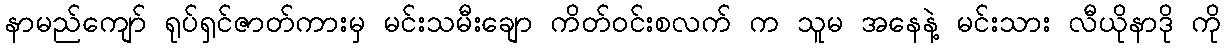
နာမည်ကျော် ရုပ်ရှင်ဇာတ်ကားမှ မင်းသမီးချော ကိတ်ဝင်းစလက် က သူမ အနေနဲ့ မင်းသား လီယိုနာဒို ကို